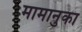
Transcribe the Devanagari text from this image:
मामानुका